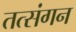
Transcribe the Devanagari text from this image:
तत्संगन